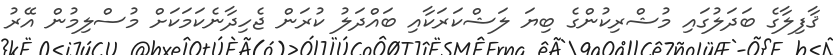
ޤާފިލާގެ ބަދަލުގައި މުޝްރިކުންގެ ބިޔަ ލަޝްކަރަކާއި ބައްދަލު ކުރަން ޖެހިދާނެކަމަކަށް މުސްލިމުން އޭރު